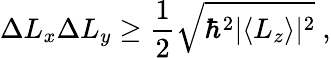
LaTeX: \Delta L_{x}\Delta L_{y}\geq{\frac{1}{2}}{\sqrt{\hbar^{2}|\langle L_{z}\rangle|^{2}}}~,